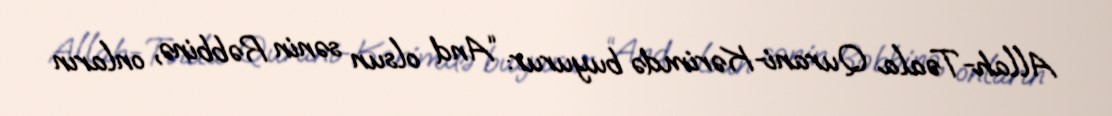
Allah-Təala Qurani-Kərimdə buyurur: “And olsun sənin Rəbbinə, onların